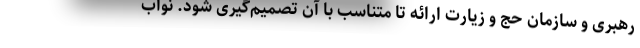
رهبری و سازمان حج و زیارت ارائه تا متناسب با آن تصمیم‌گیری شود. نواب